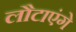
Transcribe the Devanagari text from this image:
लौटाएंगे